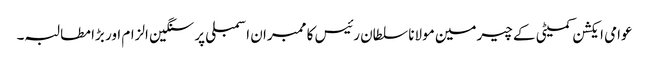
عوامی ایکشن کمیٹی کے چیرمین مولانا سلطان رئیس کا ممبران اسمبلی پر سنگین الزام اور بڑا مطالبہ۔